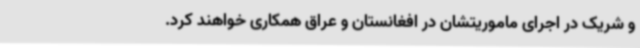
و شریک در اجرای ماموریتشان در افغانستان و عراق همکاری خواهند کرد.